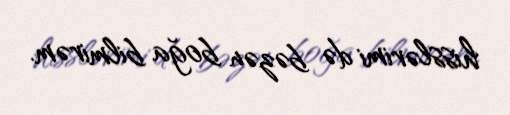
hisslərimi də bəzən boğa bilmirəm.